65_HS1-834228961_62-HQ-83894_Section_9
Agency: FBI
Page 249
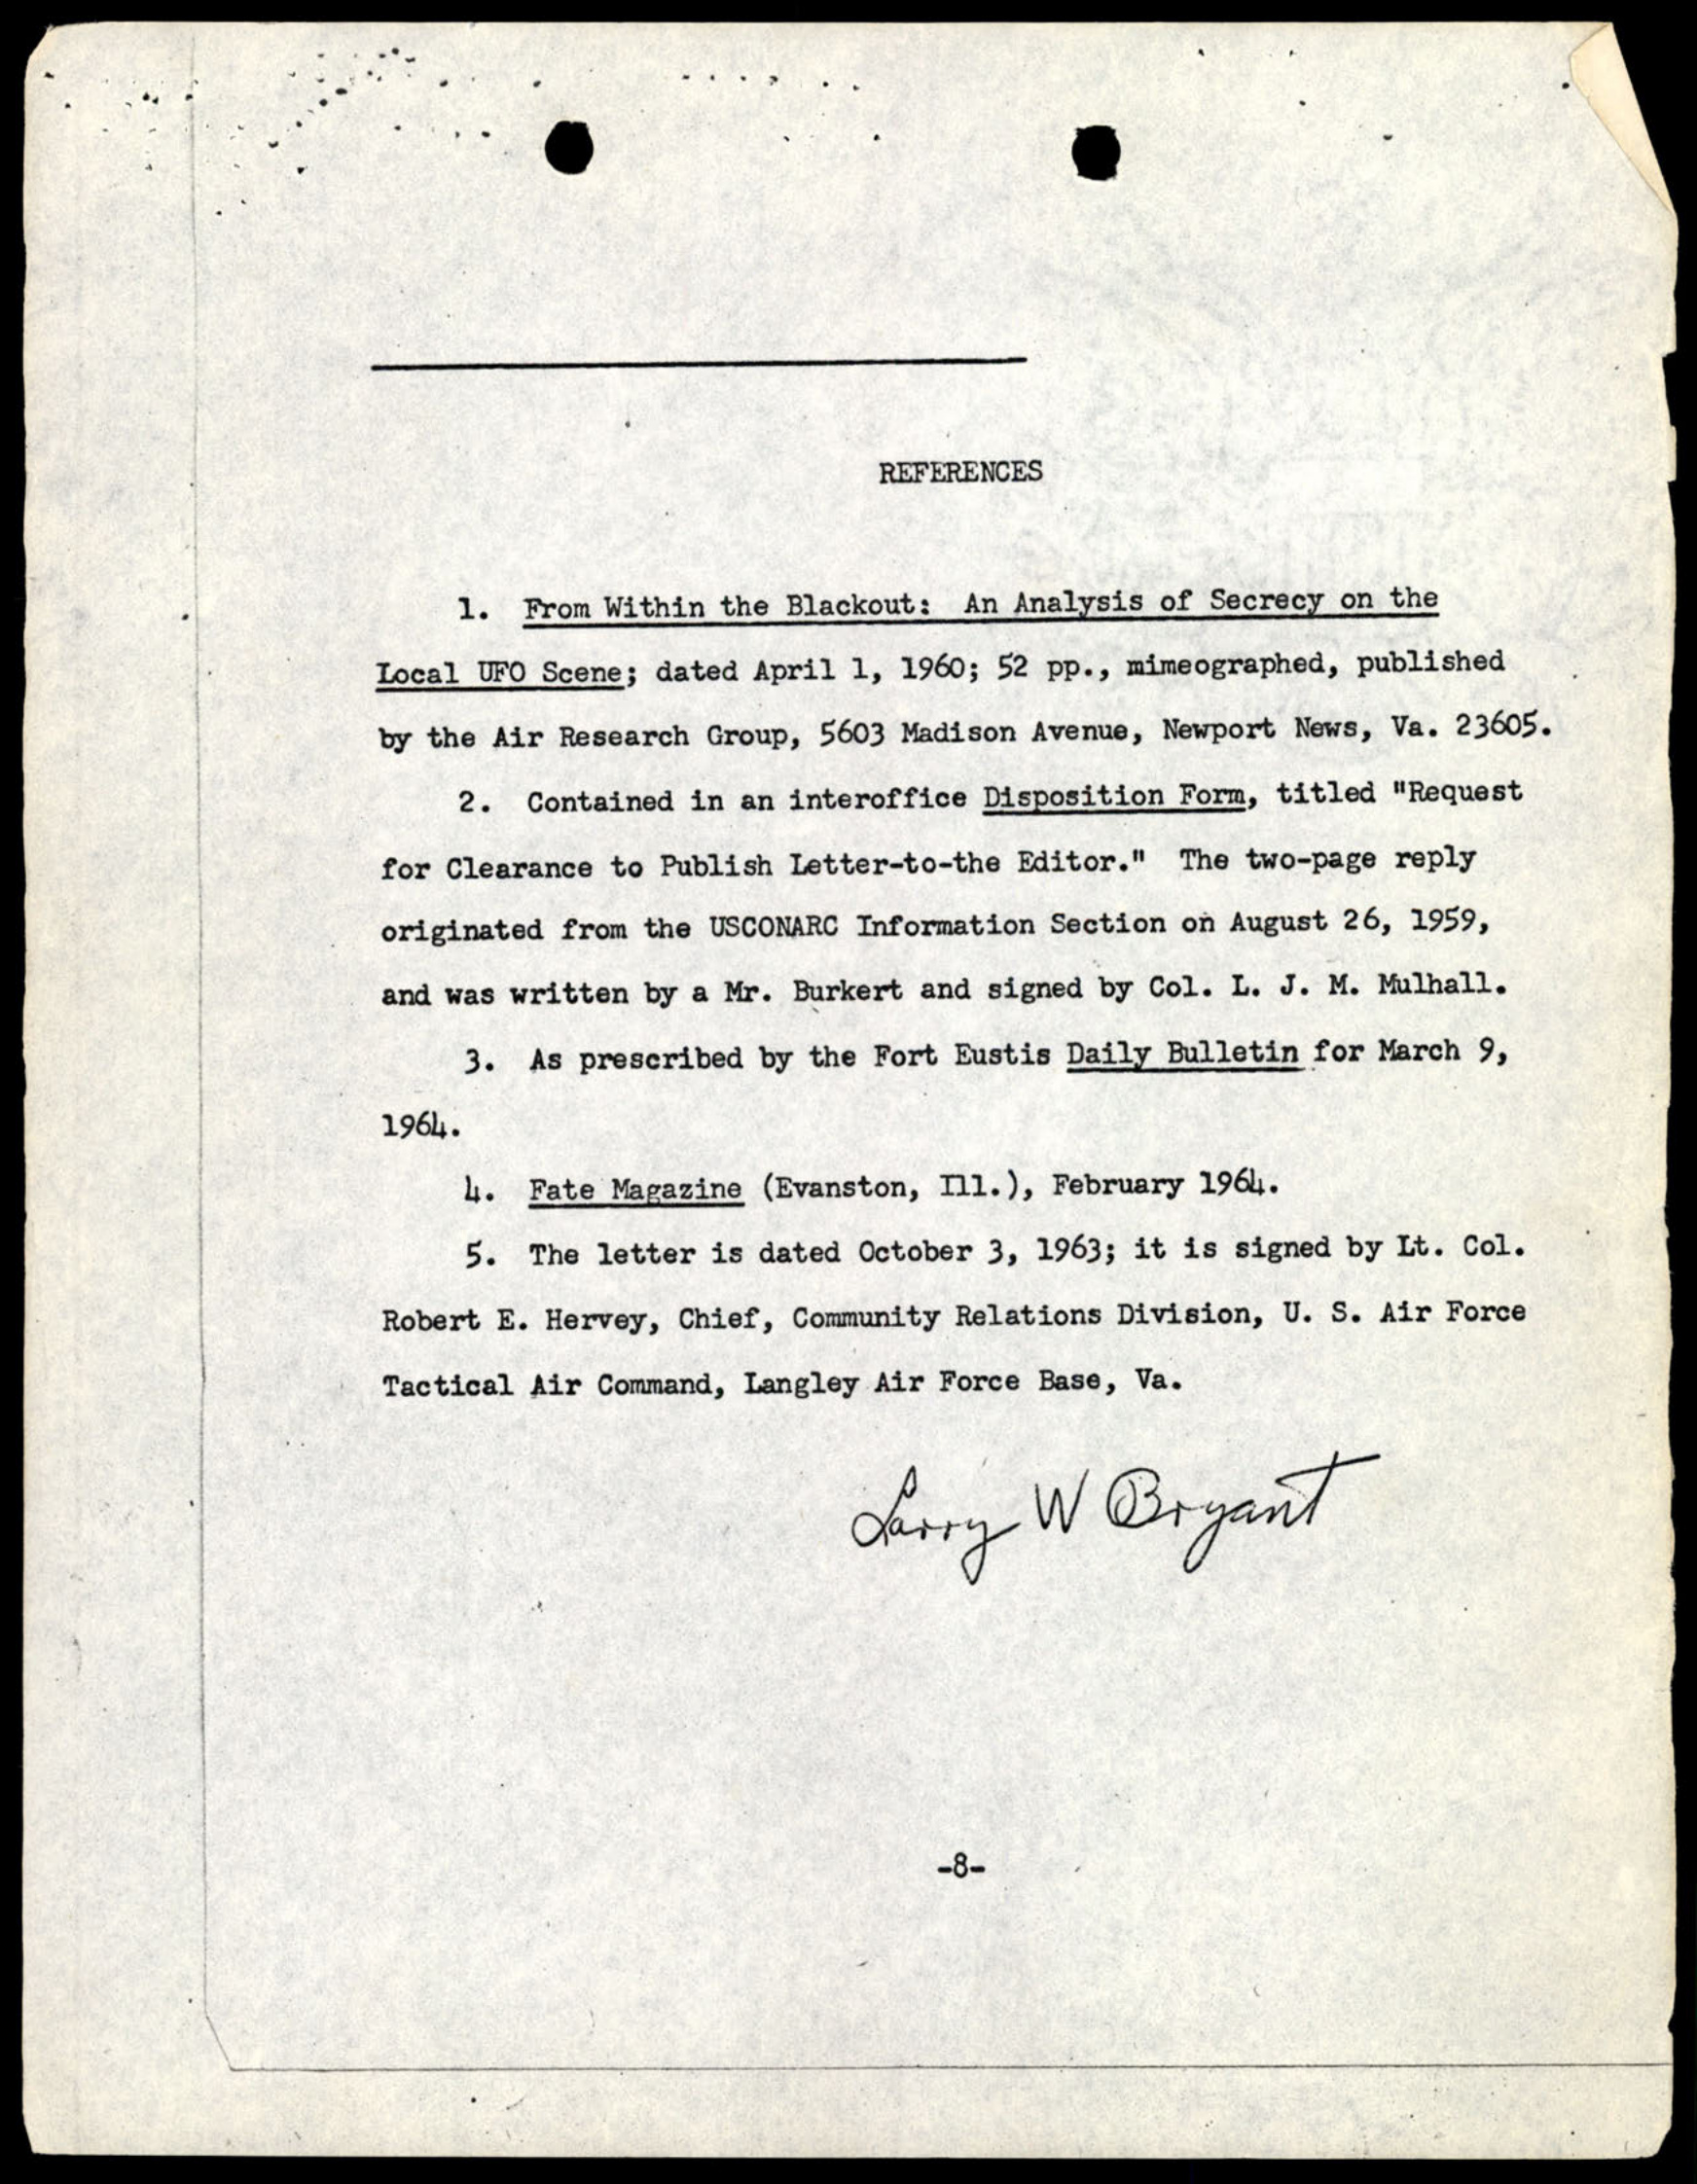